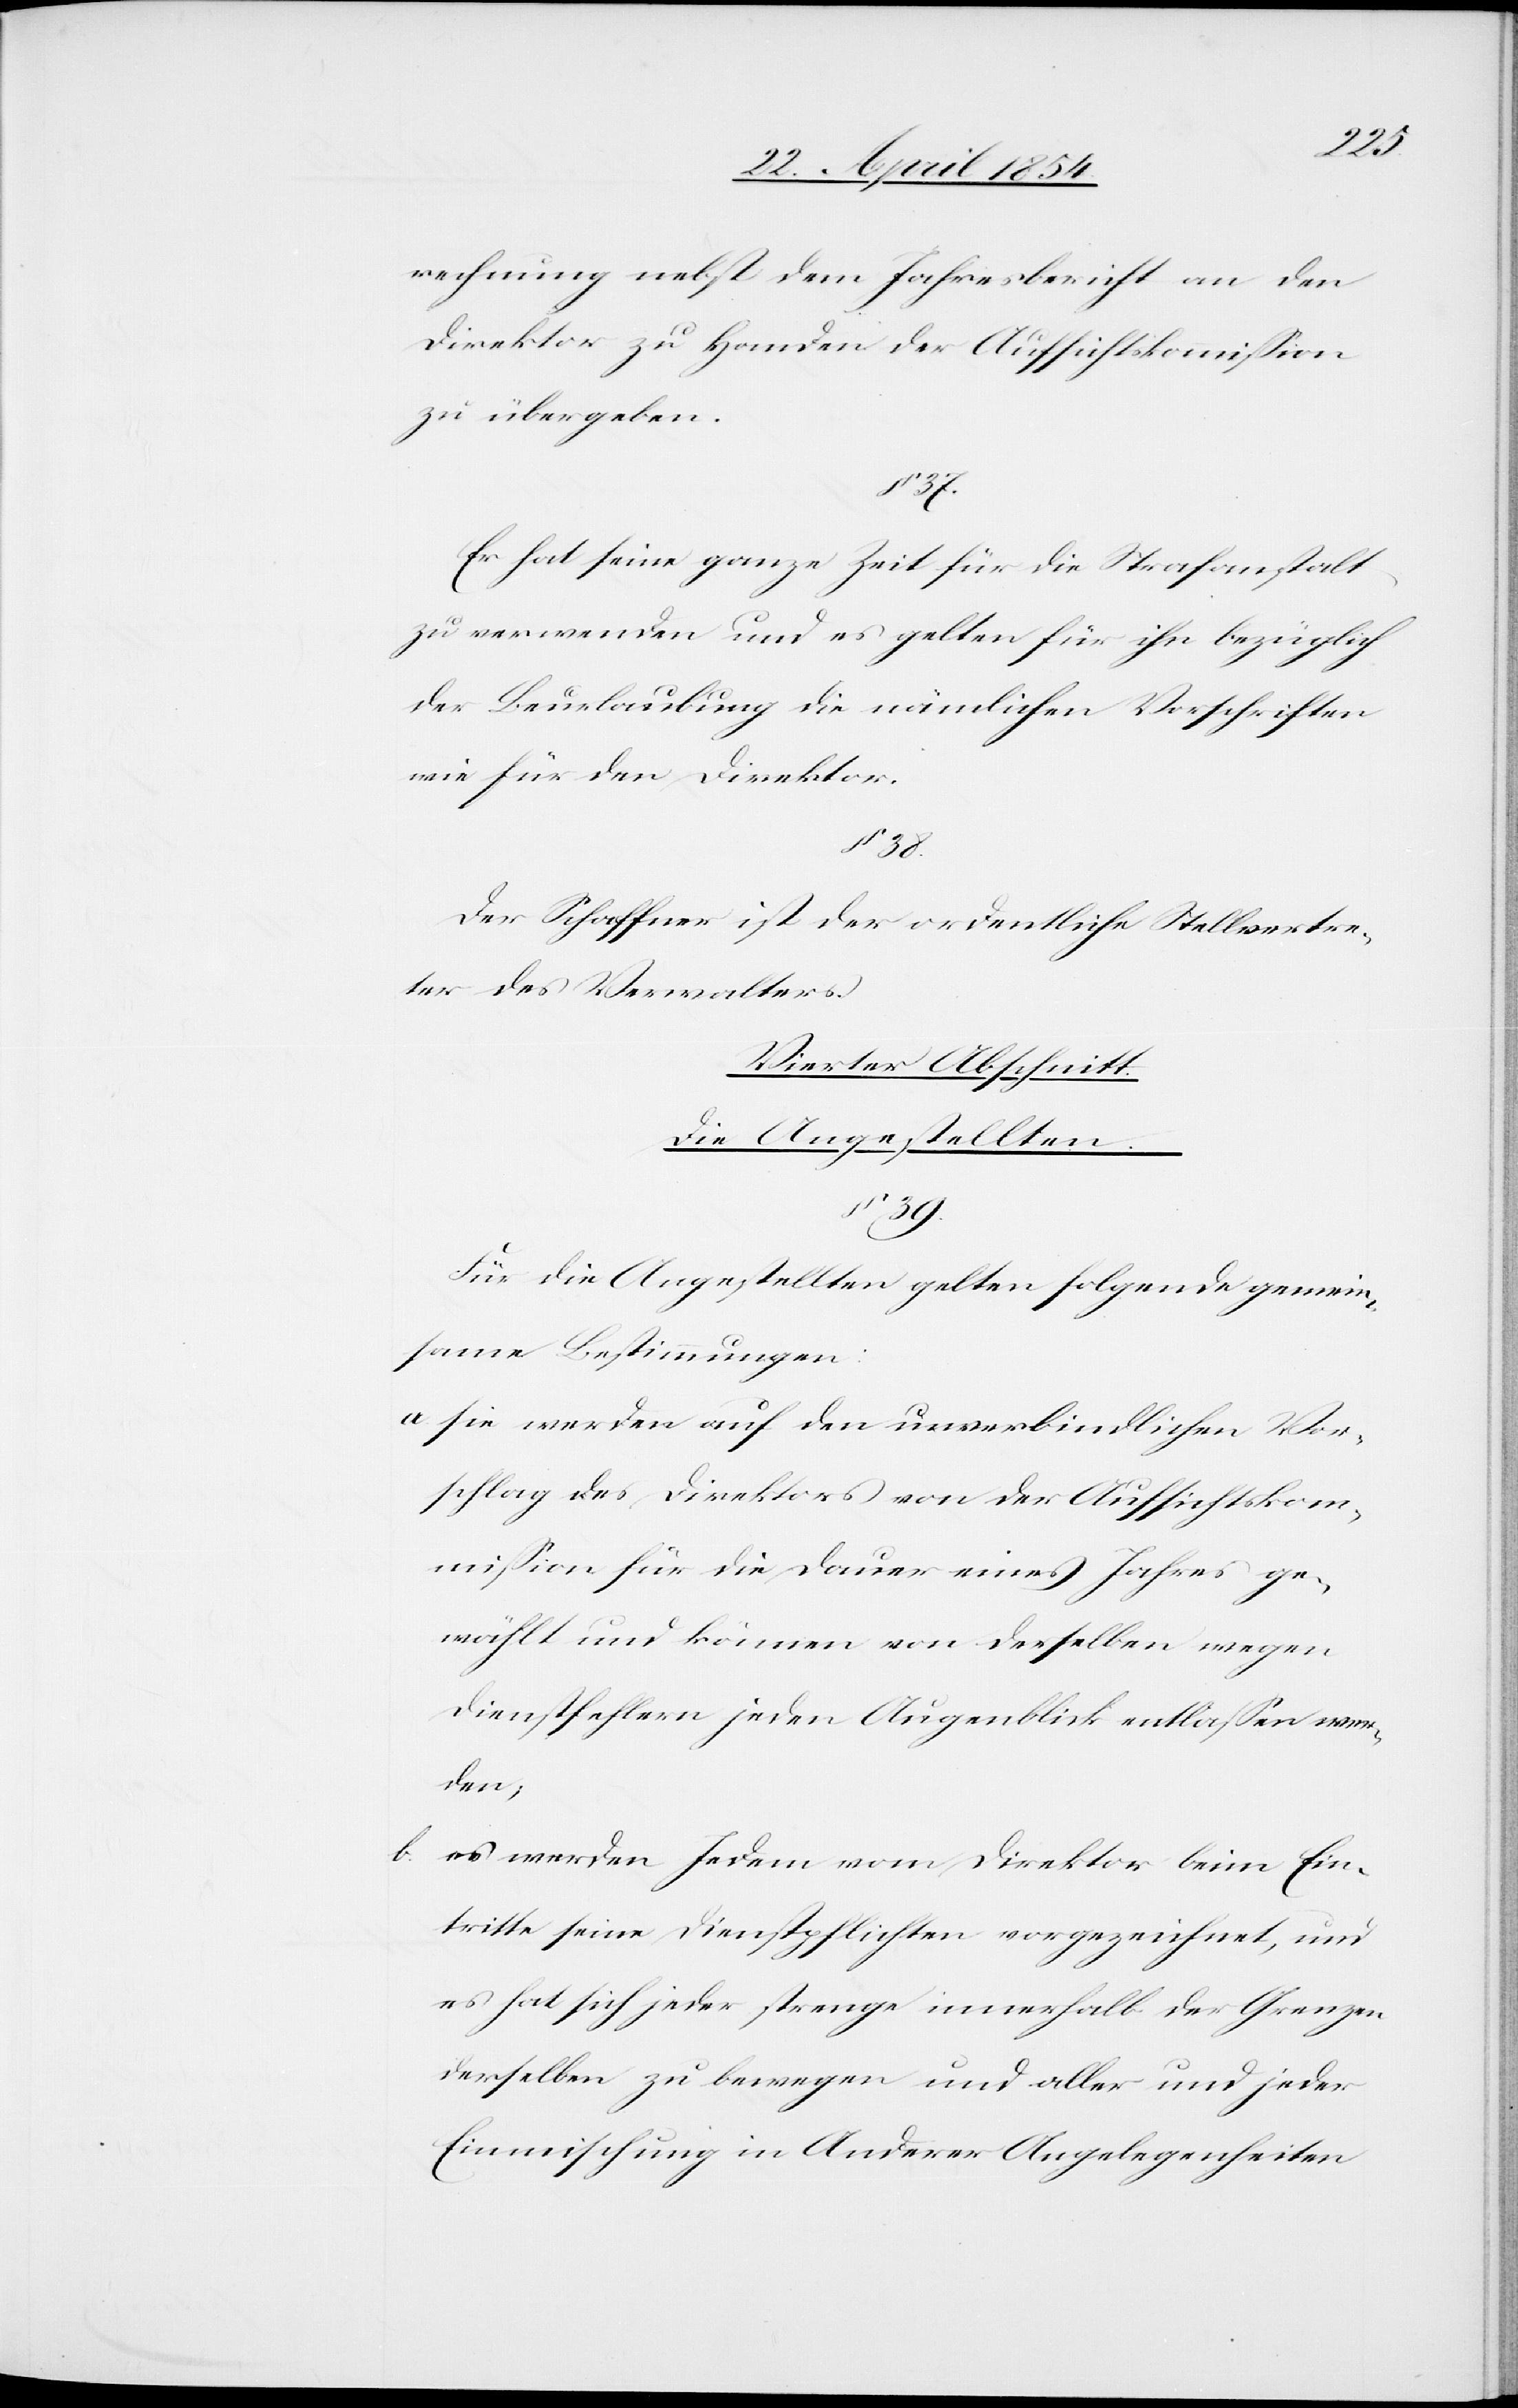
rechnung nebst dem Jahresbericht an den
Direktor zu Handen der Aufsichtskommißion
zu übergeben.
§ 37.
Er hat seine ganze Zeit für die Strafanstalt
zu verwenden und es gelten für ihn bezüglich
der Beurlaubung die nämlichen Vorschriften
wie für den Direktor.
§ 38.
Der Schaffner ist der ordentliche Stellvertre¬
ter des Verwalters.
Vierter Abschnitt.
Die Angestellten.
§ 39.
Für die Angestellten gelten folgende gemein¬
same Bestimmungen:
a. sie werden auf den unverbindlichen Vor¬
schlag des Direktors von der Aufsichtskom¬
mißion für die Dauer eines Jahres ge¬
wählt und können von derselben wegen
Dienstfehlern jeden Augenblick entlaßen wer¬
den;
es werden Jedem vom Direktor beim Ein¬
tritte seine Dienstpflichten vorgezeichnet, und
es hat sich jeder strenge innerhalb der Grenzen
derselben zu bewegen und aller und jeder
Einmischung in Anderer Angelegenheiten